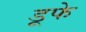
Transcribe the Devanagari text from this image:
डूफे